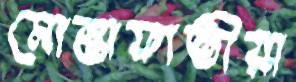
মোস্তাফাভীয়া